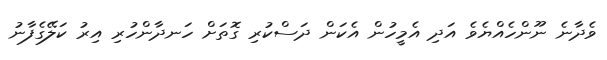
ވެދާނެ ނޫންހެއްޔެވެ އަދި އެމީހުން އެކަން ދަސްކުރި ގޮތަށް ހަނދާންހުރި އިރު ކަލޭގެފާނު